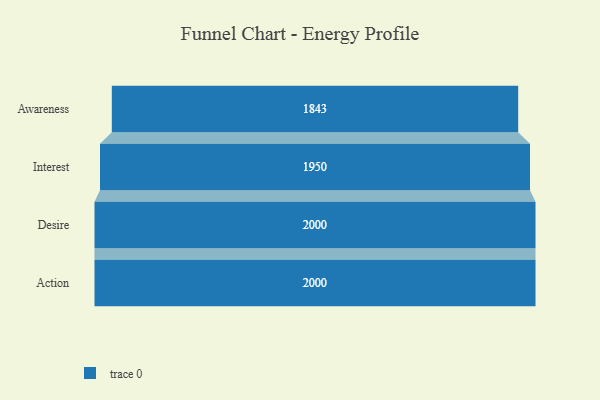
{"axis": {"x": "Stage", "y": "Value"}, "legend": [""], "data": [{"x": "Awareness", "y": 1843.0, "type": ""}, {"x": "Interest", "y": 1950.0, "type": ""}, {"x": "Desire", "y": 2000, "type": ""}, {"x": "Action", "y": 2000, "type": ""}]}